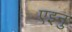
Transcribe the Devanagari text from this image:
एइनु